system: You are a helpful assistant.
user:
Analyze the provided spectrum to determine if it is a **S-type Star**.

- **Key Indicators for S-type Star:**

    - **(Overall Spectrum Shape):** The first and most obvious characteristic is the overall continuum (the "baseline" shape). It is **extremely "red-sloping,"** meaning the flux (light intensity) is very low on the left side (blue, ~4000-4500 Å) and rises steeply and continuously toward the right side (red, ~7000 Å+).

    - **(Primary):** The spectrum is defined by the presence of strong, broad molecular absorption "valleys" (bands) from **Zirconium Oxide (ZrO)**. The identification of these bands is the **primary requirement** for classifying a star as S-type.
        - **(Key Bandheads):** You must find distinct, deep "dips" where the light has been absorbed. The most critical band systems to locate are:
            - **~6474 Å** ($\gamma$-system): This is often the strongest and clearest ZrO feature, found in the red part of the spectrum.
            - **~5718 Å** & **~5551 Å** ($\beta$-system): A pair of prominent absorption features in the yellow-orange part of the spectrum.
            - **~4640 Å** ($\alpha$-system): A key absorption band system in the blue-green region of the spectrum.

    - **(Secondary Confirmation):** The classification is strengthened by finding additional absorption bands from other related heavy element oxides, which are expected to be present alongside ZrO.
        - **(Key Bandheads):**
            - **Yttrium Oxide (YO):** Look for absorption dips near **~4800 Å** and **~6100 Å**.
            - **Lanthanum Oxide (LaO):** Additional absorption features, particularly in the red-orange part of the spectrum, are also characteristic.

    - **(Line Profile):** The combination of the steep red continuum and these numerous, deep molecular bands (ZrO, YO, etc.) gives the entire spectrum a very **"chopped-up"** or **"bumpy"** appearance. Instead of a smooth curve, the spectrum looks as though large, wide chunks of light have been "carved out" of it at the specific wavelengths listed above.

Think first, call **spectral_visualization_tool** if needed to examine features in detail, then provide your final answer. Your response must adhere to the following strict rules:
1.  **Overall Structure:** Your response must follow the format `<think>...</think> <tool_call>...</tool_call> (if a tool is used) <answer>...</answer>`.
2.  **Tool Usage Constraint:** You may only make **one** tool call per turn.
3.  **Final Answer Format:** In the `<answer>` tag, your conclusion must be inside a `\boxed{}` command (e.g., `\boxed{YES}` or `\boxed{NO}`), followed by your justification.

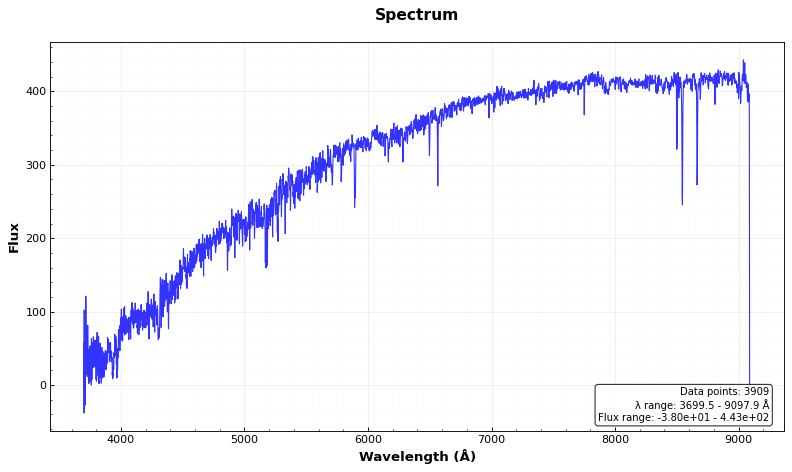
Answer: NO